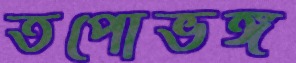
তপোভঙ্গ